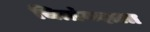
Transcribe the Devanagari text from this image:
चित्रांगदाला